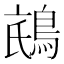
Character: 𱈧